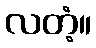
လတံ့။